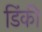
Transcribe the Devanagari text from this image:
डिंकी